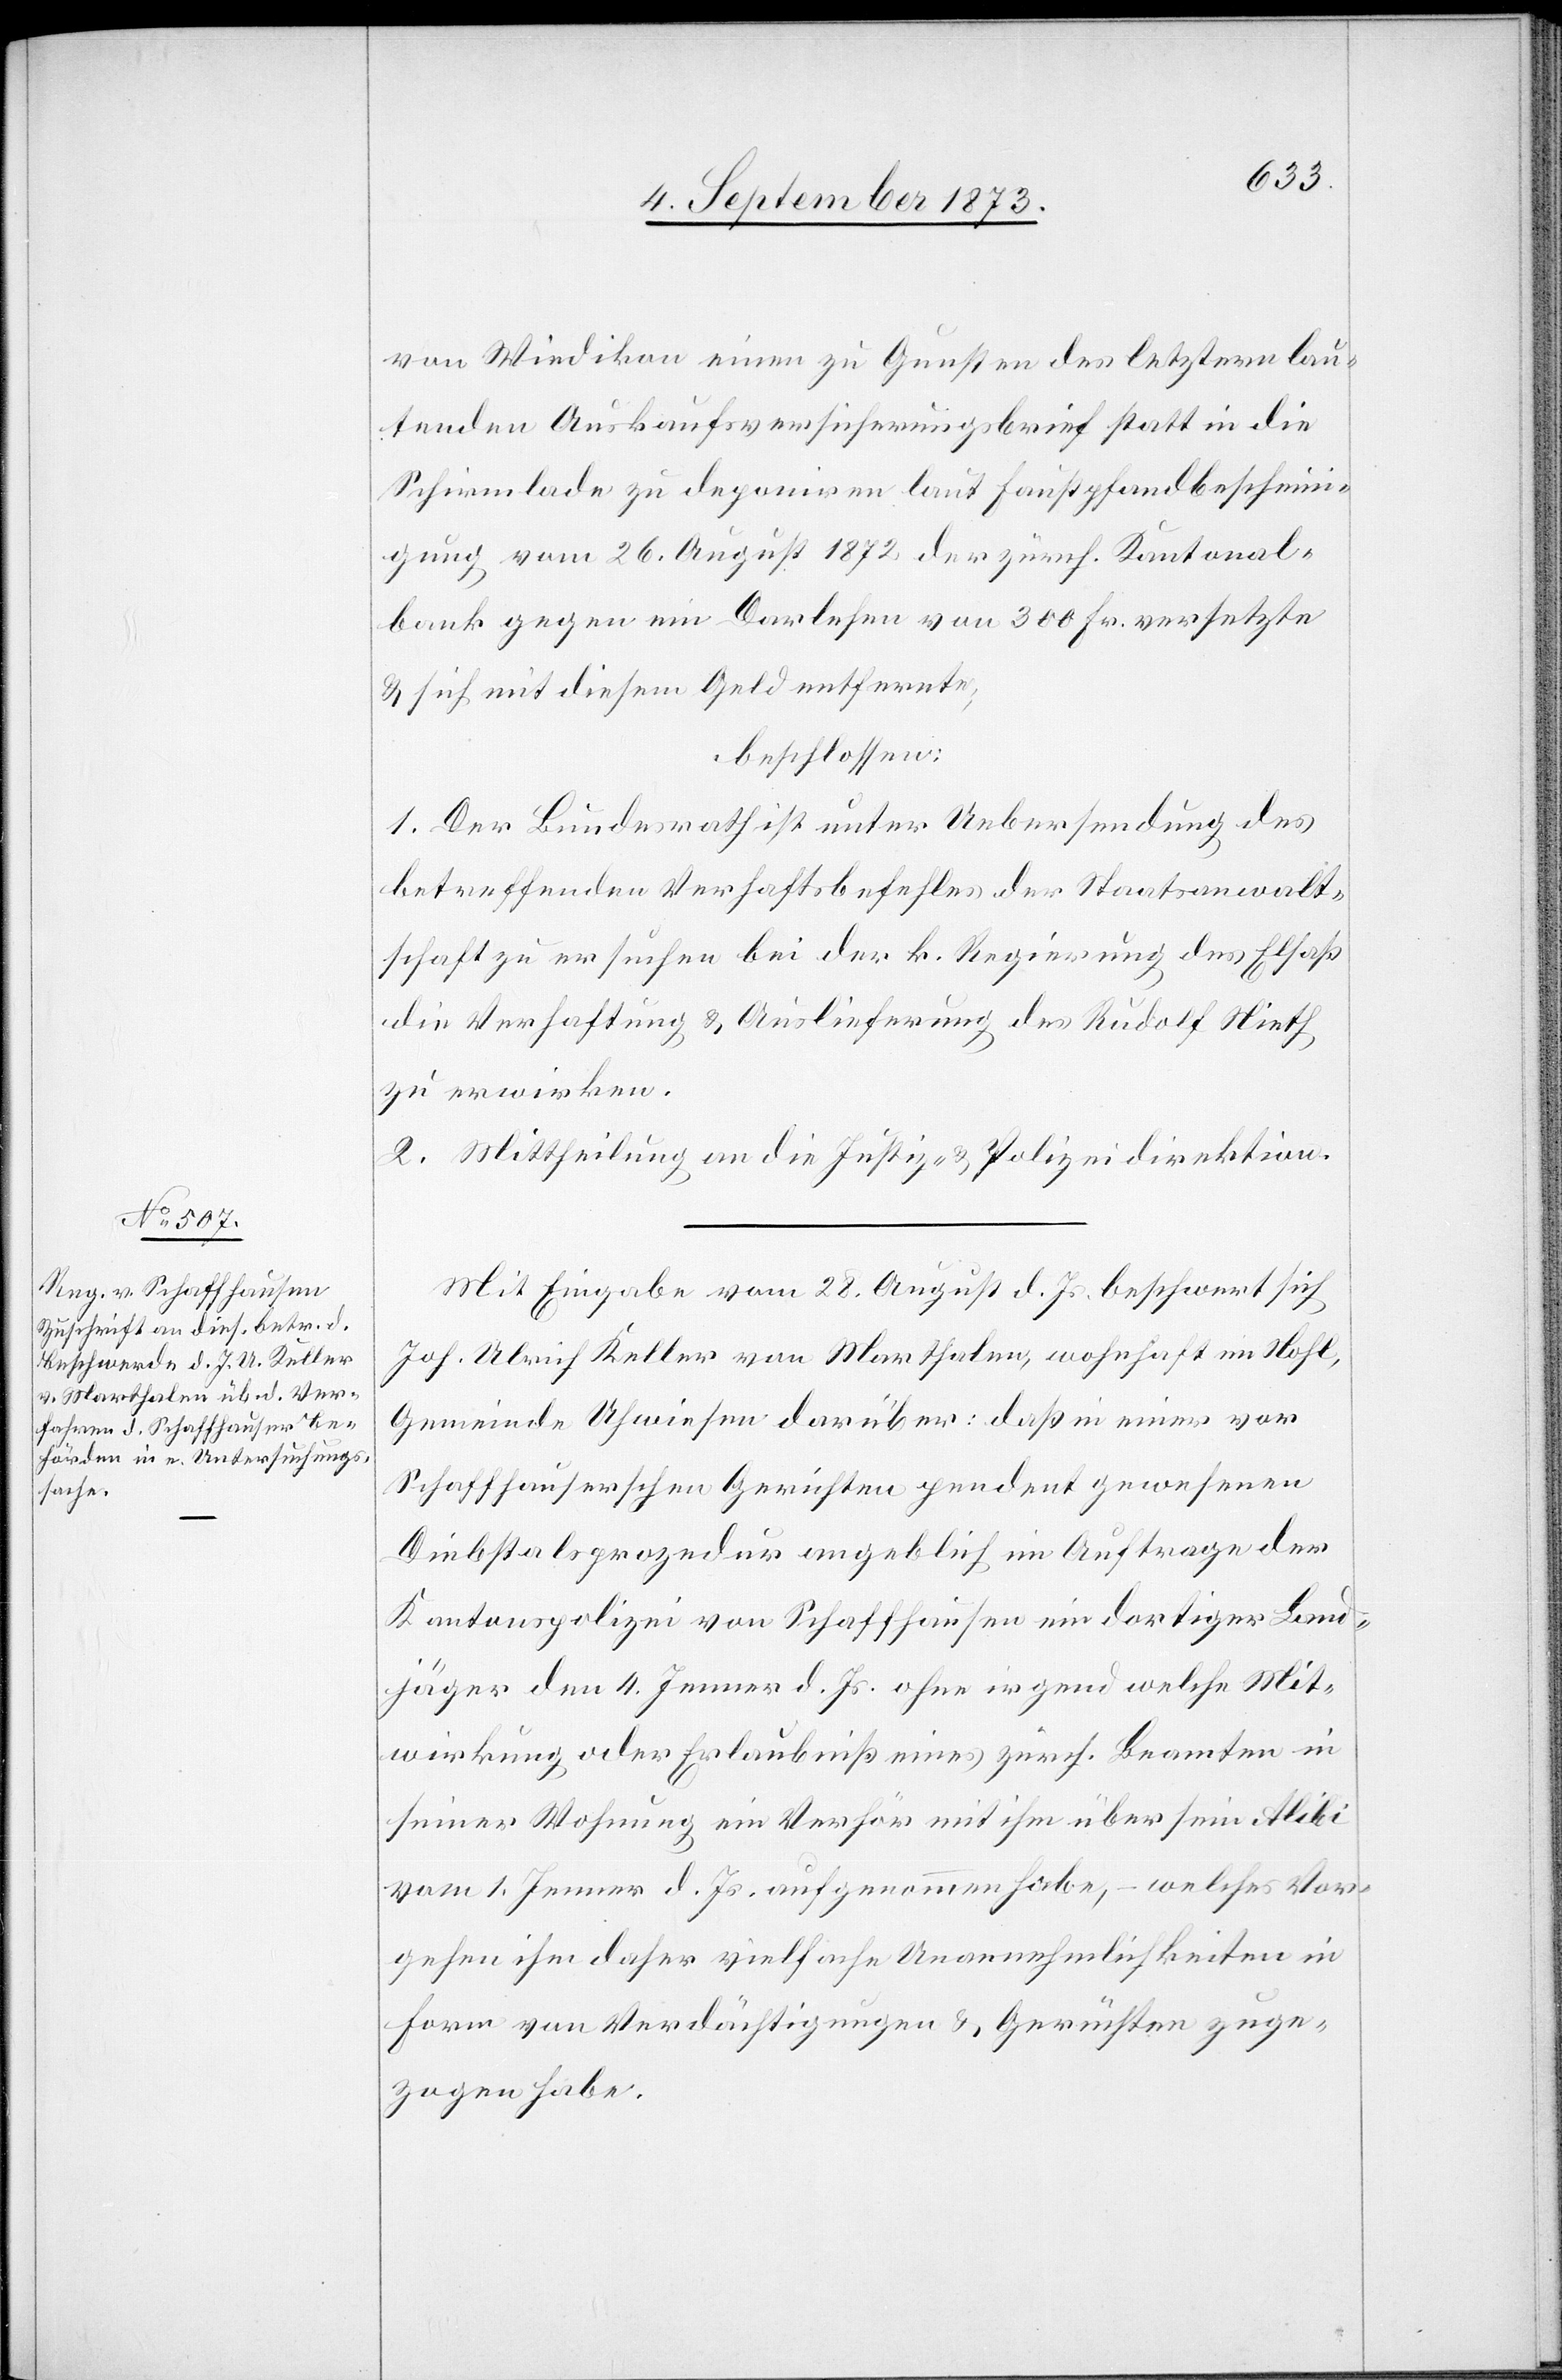
von Wiedikon einen zu Gunsten des letztern lau¬
tenden Auskaufsversicherungsbrief statt in die
Schirmlade zu deponiren laut Faustpfandbescheini¬
gung vom 26. August 1872 der zürch. Kantonal¬
bank gegen ein Darlehen von 300 Fr. versetzte
& sich mit diesem Geld entfernte;
beschlossen:
1. Der Bundesrath ist unter Uebersendung des
betreffenden Verhaftsbefehles der Staatsanwalt¬
schaft zu ersuchen bei der k. Regierung des Elsaß
die Verhaftung & Auslieferung des Rudolf Nieth
zu erwirken.
2. Mittheilung an die Justiz- & Polizeidirektion.
Mit Eingabe vom 28. August d. Js. beschwert sich
Joh. Ulrich Keller von Marthalen, wohnhaft im Nohl,
Gemeinde Uhwiesen darüber: daß in einer vor
Schaffhauserschen Gerichten pendent gewesenen
Diebstalsprozedur angeblich im Auftrage der
Kantonspolizei von Schaffhausen ein dortiger Land¬
jäger den 4. Jenner d. Js. ohne irgend welche Mit¬
wirkung oder Erlaubniß eines zürch. Beamten in
seiner Wohnung ein Verhör mit ihm über sein Alibi
vom 1. Jenner d. Js. aufgenommen habe, – welches Vor¬
gehen ihm daher vielfache Unannehmlichkeiten in
Form von Verdächtigungen & Gerüchten zuge¬
zogen habe.